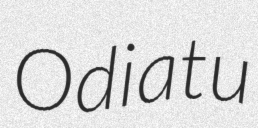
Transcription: Odiatu